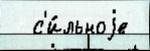
  с'и́льноjе